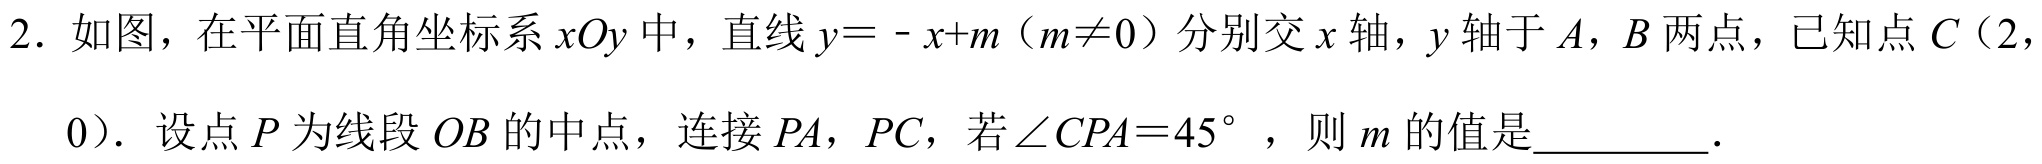
2. 如图，在平面直角坐标系\(xOy\)中，直线\(y = -x + m（m\neq0）\)分别交\(x\)轴，\(y\)轴于\(A\)，\(B\)两点，已知点\(C（2,0）\)．设点\(P\)为线段\(OB\)的中点，连接\(PA\)，\(PC\)，若\(\angle CPA = 45^{\circ}\)，则\(m\)的值是________．